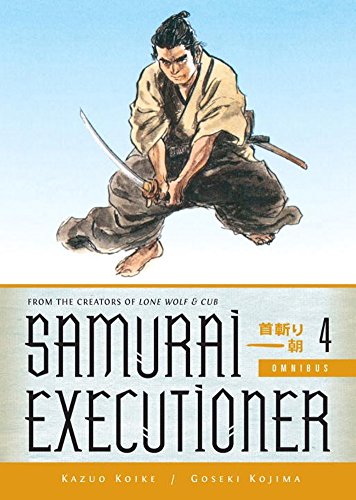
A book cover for Samurai Executioner Omnibus Volume 4; Kazuo Koike; Comics & Graphic Novels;